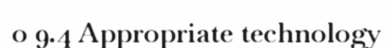
o 9.4 Appropriate technology